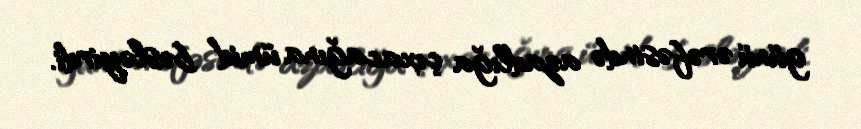
günü ərəfəsində azadlığa çıxacağına ümid bəsləyirdi.